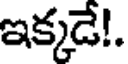
ఇక్కడే!.